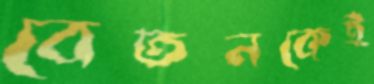
বেতনকেই